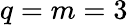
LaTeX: q=m=3